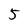
Character: 5